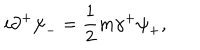
LaTeX: i { \partial } ^ { + } { \psi } _ { - } = \frac { 1 } { 2 } m { \gamma } ^ { + } { \psi } _ { + } ,